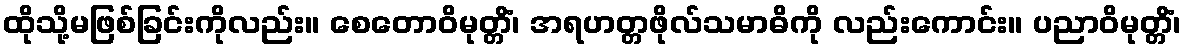
ထိုသို့မဖြစ်ခြင်းကိုလည်း။ စေတောဝိမုတ္တိံ၊ အရဟတ္တဖိုလ်သမာဓိကို လည်းကောင်း။ ပညာဝိမုတ္တိံ၊